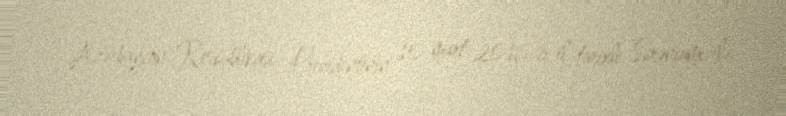
Azərbaycan Respublikası Prezidentinin 10 mart 2016-cı il tarixli Sərəncamı ilə